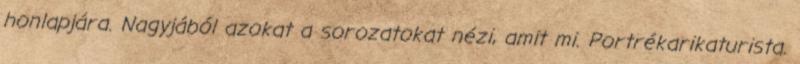
honlapjára. Nagyjából azokat a sorozatokat nézi, amit mi. Portrékarikaturista.